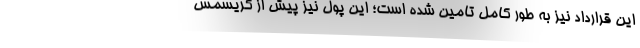
این قرارداد نیز به طور کامل تامین شده است؛ این پول نیز پیش از کریسمس